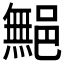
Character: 𲆜